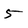
Character: 5